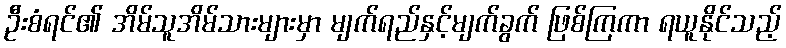
ဦးစံရင်၏ အိမ်သူအိမ်သားများမှာ မျက်ရည်နှင့်မျက်ခွက် ဖြစ်ကြကာ ရယူနိုင်သည့်